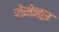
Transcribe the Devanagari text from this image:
रोमेनस